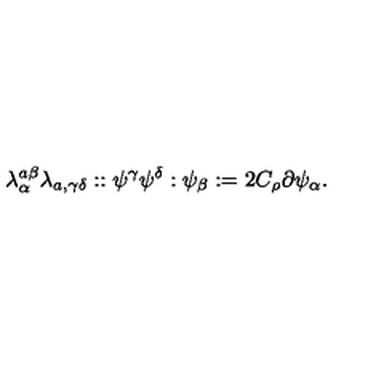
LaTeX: \lambda _ { \alpha } ^ { a \beta } \lambda _ { a , \gamma \delta } : : \psi ^ { \gamma } \psi ^ { \delta } : \psi _ { \beta } : = 2 C _ { \rho } \partial \psi _ { \alpha } .